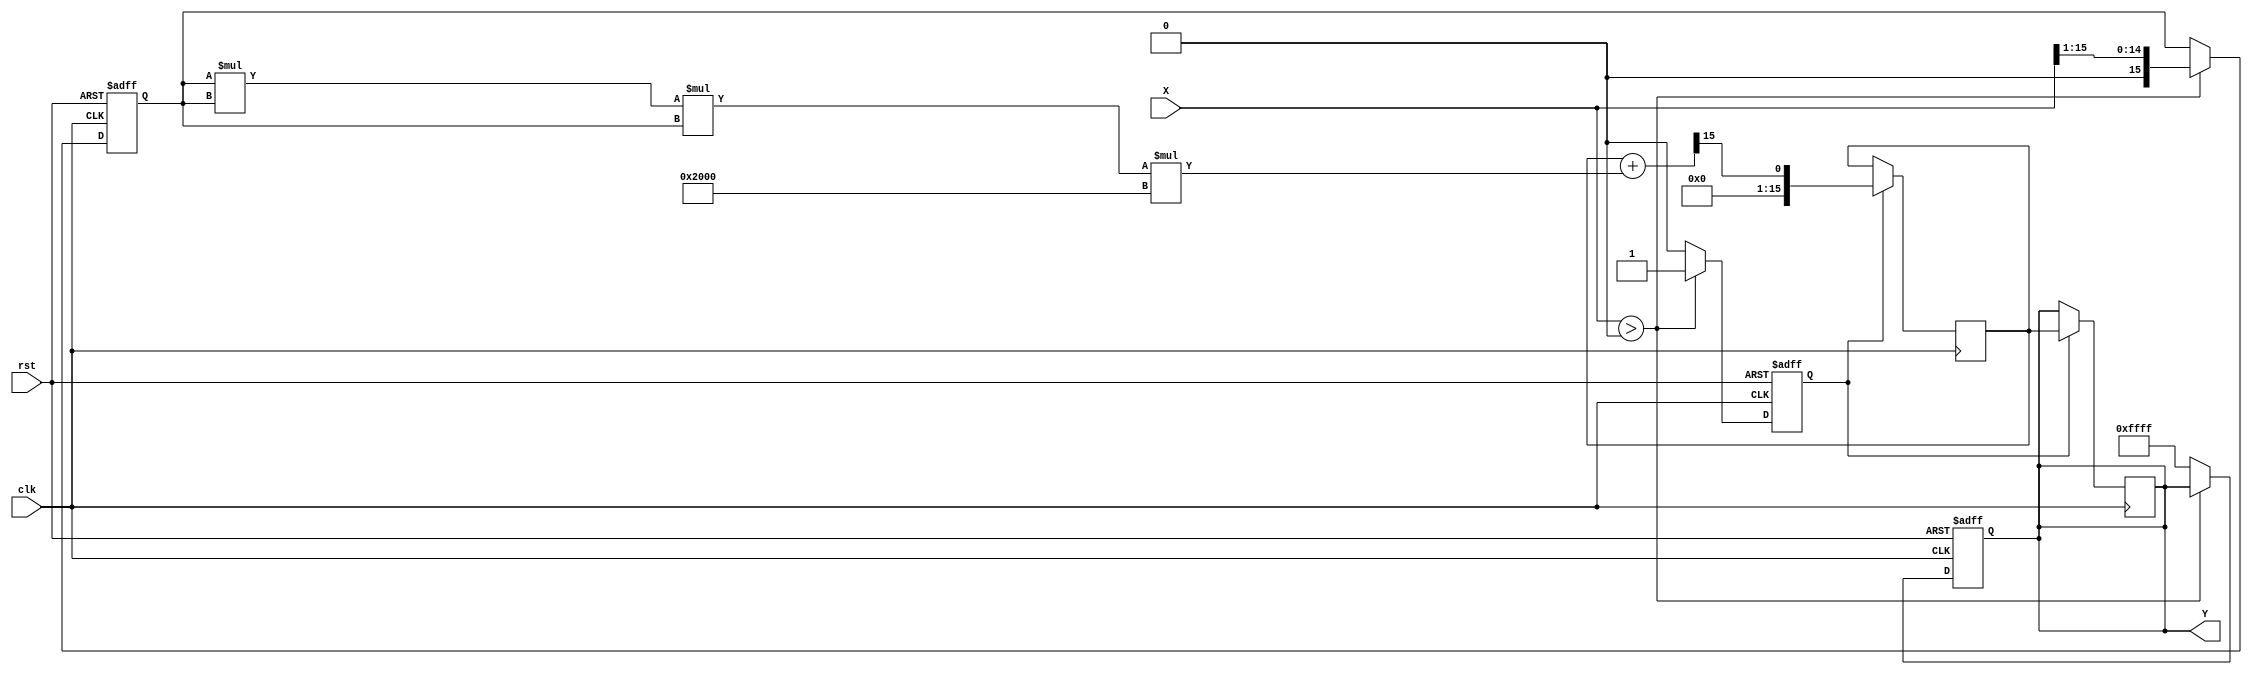
module poly_approx_reciprocal (
    input wire [15:0] X,      // 16-bit fixed-point input
    output reg [15:0] Y,      // 16-bit fixed-point output
    input wire clk,           // Clock signal
    input wire rst            // Reset signal
);

    // Polynomial coefficients for approximation (example coefficients)
    parameter C0 = 16'h1FFF; // Coefficient for x^0
    parameter C1 = 16'hC000; // Coefficient for x^1
    parameter C2 = 16'h4000; // Coefficient for x^2
    parameter C3 = 16'h2000; // Coefficient for x^3

    reg [15:0] normalized_X;
    reg [15:0] polynomial_result;
    reg valid_input;

    // Normalize input to [0.5, 1.0]
    always @(posedge clk or posedge rst) begin
        if (rst) begin
            normalized_X <= 16'h0000;
            Y <= 16'h0000;
            valid_input <= 1'b0;
        end else begin
            if (X > 16'h0000) begin
                // Normalize input to [0.5, 1.0]
                normalized_X <= X[15:0] >> 1; // Example normalization
                valid_input <= 1'b1;
            end else begin
                // Handle invalid input (zero or negative)
                Y <= 16'hFFFF; // Error signal or predefined value
                valid_input <= 1'b0;
            end
        end
    end

    // Polynomial evaluation using Horner's method
    always @(posedge clk) begin
        if (valid_input) begin
            polynomial_result <= C0 + (normalized_X * C1) >> 15; // C0 + C1 * x
            polynomial_result <= polynomial_result + (normalized_X * normalized_X * C2) >> 15; // + C2 * x^2
            polynomial_result <= polynomial_result + (normalized_X * normalized_X * normalized_X * C3) >> 15; // + C3 * x^3
            // Scale back the result
            Y <= polynomial_result; // Final output
        end
    end

endmodule